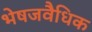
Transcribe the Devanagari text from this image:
भेषजवैधिक